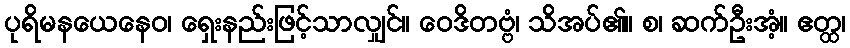
ပုရိမနယေနေဝ၊ ရှေးနည်းဖြင့်သာလျှင်။ ဝေဒိတဗ္ဗံ၊ သိအပ်၏။ စ၊ ဆက်ဦးအံ့။ ဧတ္ထ၊